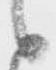
候